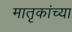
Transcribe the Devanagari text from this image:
मातृकांच्या